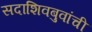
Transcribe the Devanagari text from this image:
सदाशिवबुवांची